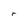
Character: r